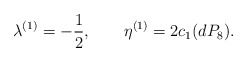
\begin{align*}\lambda^{(1)}=-\frac{1}{2}, \qquad \eta^{(1)}=2c_{1}(dP_{8}).\end{align*}